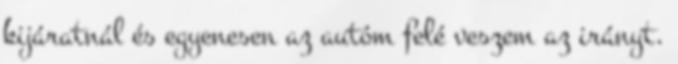
kijáratnál és egyenesen az autóm felé veszem az irányt.